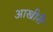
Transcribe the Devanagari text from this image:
आखीरी